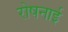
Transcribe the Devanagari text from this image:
रोषनाई